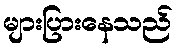
များပြားနေသည်